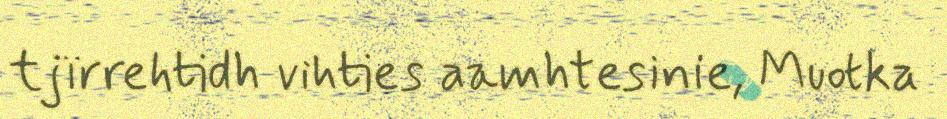
tjïrrehtidh vihties aamhtesinie, Muotka